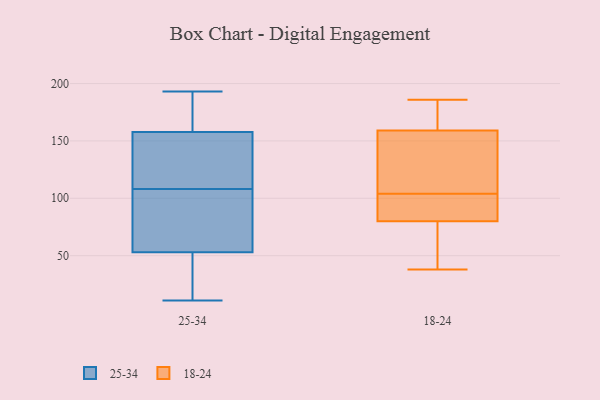
{"axis": {"x": "Tickets Resolved", "y": "Value"}, "legend": ["18-24", "25-34"], "data": [{"x": "", "y": 72, "type": "25-34"}, {"x": "", "y": 65, "type": "25-34"}, {"x": "", "y": 11, "type": "25-34"}, {"x": "", "y": 160, "type": "25-34"}, {"x": "", "y": 151, "type": "25-34"}, {"x": "", "y": 181, "type": "25-34"}, {"x": "", "y": 138, "type": "25-34"}, {"x": "", "y": 193, "type": "25-34"}, {"x": "", "y": 13, "type": "25-34"}, {"x": "", "y": 49, "type": "25-34"}, {"x": "", "y": 192, "type": "25-34"}, {"x": "", "y": 13, "type": "25-34"}, {"x": "", "y": 108, "type": "25-34"}, {"x": "", "y": 76, "type": "25-34"}, {"x": "", "y": 124, "type": "25-34"}, {"x": "", "y": 102, "type": "18-24"}, {"x": "", "y": 160, "type": "18-24"}, {"x": "", "y": 159, "type": "18-24"}, {"x": "", "y": 51, "type": "18-24"}, {"x": "", "y": 80, "type": "18-24"}, {"x": "", "y": 83, "type": "18-24"}, {"x": "", "y": 105, "type": "18-24"}, {"x": "", "y": 174, "type": "18-24"}, {"x": "", "y": 38, "type": "18-24"}, {"x": "", "y": 103, "type": "18-24"}, {"x": "", "y": 145, "type": "18-24"}, {"x": "", "y": 106, "type": "18-24"}, {"x": "", "y": 71, "type": "18-24"}, {"x": "", "y": 186, "type": "18-24"}]}